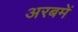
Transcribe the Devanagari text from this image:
अरबमें